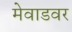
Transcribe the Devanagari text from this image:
मेवाडवर